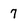
Character: 7